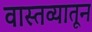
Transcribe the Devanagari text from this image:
वास्तव्यातून